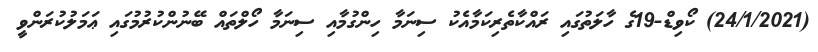
(24/1/2021) ކޯވިޑް-19ގެ ހާލަތުގައި ރައްކާތެރިކަމާއެކު ސިނަމާ ހިންގުމާއި ސިނަމާ ހޯލްތައް ބޭނުންކުރުމުގައި ޢަމަލުކުރަންވީ